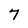
Character: 7